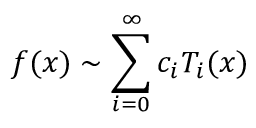
f ( x ) \sim \sum _ { i = 0 } ^ { \infty } c _ { i } T _ { i } ( x )